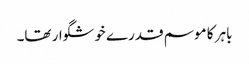
باہر کا موسم قدرے خوشگوار تھا۔